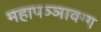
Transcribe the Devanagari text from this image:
महापञ्ञावग्ग